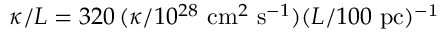
\kappa / L = 3 2 0 \, ( \kappa / 1 0 ^ { 2 8 } ~ \mathrm { c m } ^ { 2 } ~ \mathrm { s } ^ { - 1 } ) ( L / 1 0 0 ~ \mathrm { p c ) ^ { - 1 } }